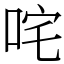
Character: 咤